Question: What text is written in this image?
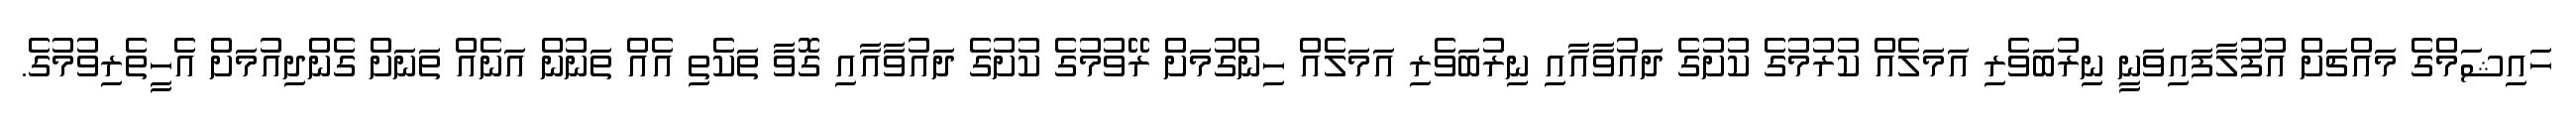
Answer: ހައިޝަމްގެ މައްޗަށް އުފުލާފައިވަނީ ނިރުބަވެރި އަމަލެއް ކުރުމުގެ ކުށުގެ ދައުވާއާއި ނިރުބަވެރި އަމަލެއް ހިންގުމަށް ރޭވުމުގެ ކުށުގެ ދައުވާއާއި ގޮވާ ތަކެތި އެއް ތަނުން އަނެއް ތަނަށް ގެންދިއުމަށް އެހީތެރިވުމުގެ.